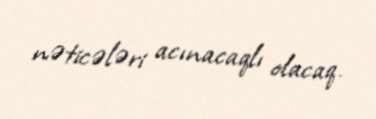
nəticələri acınacaqlı olacaq.